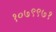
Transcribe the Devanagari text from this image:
१०७९९७१